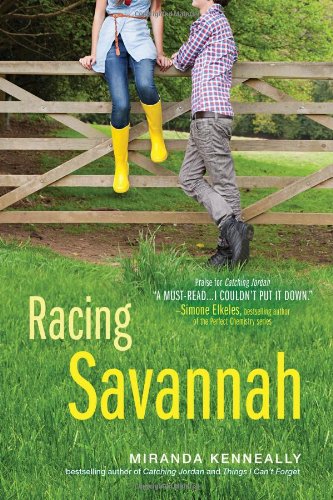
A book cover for Racing Savannah; Miranda Kenneally; Teen & Young Adult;